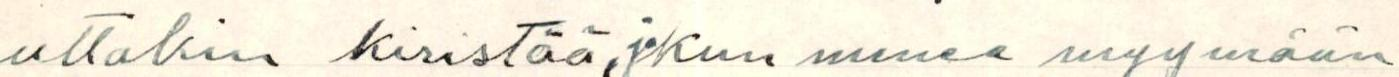
uttakin kiristää, jokun menee myymään